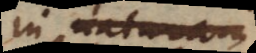
in naturae